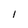
Character: I